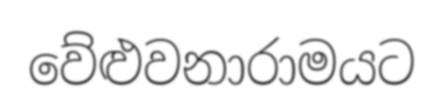
වේළුවනාරාමයට